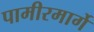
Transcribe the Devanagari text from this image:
पामीरमार्गे